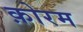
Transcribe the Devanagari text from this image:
क़ोरम